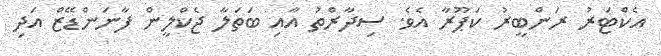
އެކްޓަރު ރަންބީރު ކަޕޫރާ އެވެ. ސިދާރްތު އާއި ބަތަލާ ޖެކްލީން ފާނަންޑޭޒް އަދި